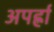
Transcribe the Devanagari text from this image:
अपर्ह्रा